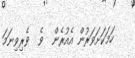
ހަމަކަށަވަރުން އެއުރެން  ވެ  ވެރިވިނަމަ